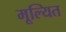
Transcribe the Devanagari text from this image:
मूल्यित